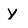
Character: y